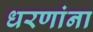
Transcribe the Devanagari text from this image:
धरणांना